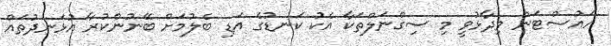
ހައުސްޓަން ވިދާޅުވީ މި ސިގްނަލްތަކާ އެކު ކަނޑުގެ އަޑި ބެލުމަށް ބޭނުންކުރާ އުޅަނދުތައް